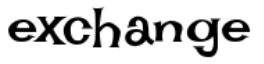
exchange